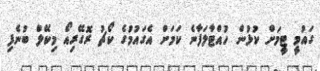
ގައުމީ ޓީމަށް ކުޅުން ހުއްޓާލަފާނެ ކަމަށް އެގައުމުގެ ކޯޗު ރޮގޭރިއޯ މިކޭލް ބުނެފި